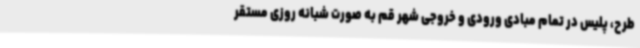
طرح، پلیس در تمام مبادی ورودی و خروجی شهر قم به صورت شبانه روزی مستقر